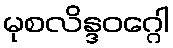
မုစလိန္ဒဝဂ္ဂေါ